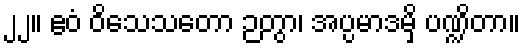
၂၂။ ဧဝံ ဝိသေသတော ဉတွာ၊ အပ္ပမာဒမှိ ပဏ္ဍိတာ။